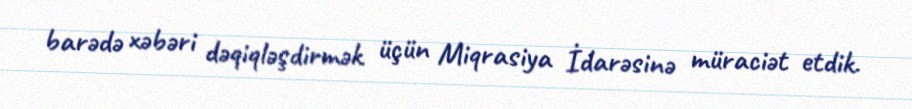
barədə xəbəri dəqiqləşdirmək üçün Miqrasiya İdarəsinə müraciət etdik.